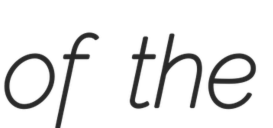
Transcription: of the